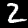
Digit: 2